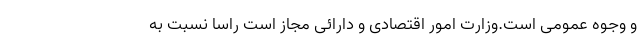
و وجوه عمومی است.وزارت امور اقتصادی و دارائی مجاز است راساً نسبت به